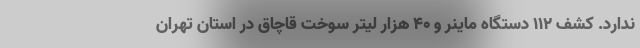
ندارد. کشف 112 دستگاه ماینر و 40 هزار لیتر سوخت قاچاق در استان تهران